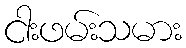
ငါးဖမ်းသမား